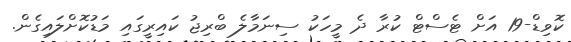
ކޮވިޑް-19 އަށް ޓެސްޓް ކުރާ ދެ މީހަކު ސިނަމާލެ ބްރިޖު ކައިރީގައި މަޑުކޮށްލައިގެން.